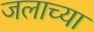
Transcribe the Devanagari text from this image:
जलाच्या